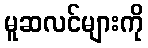
မူဆလင်များကို